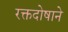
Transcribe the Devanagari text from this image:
रक्तदोषाने